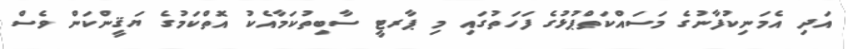
އަދި އެމަނިކުފާނުގެ މަސައްކަތްޕުޅުގެ ފަހަތުގައި މި ޕާރޓީ ސާބިތުކަމާއެކު އޮތްކަމުގެ ޔަޤީންކަން ވެސް